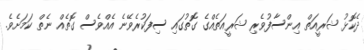
ދެކޮޅު ޝަރީއަތް އިންސާފުވެރި ޝަރީއަތެއްގެ ގޮތުގައި ސިފަކުރެވޭނެ އެއްވެސް ގޮތެއް ނެތް ކަމަށެވެ.